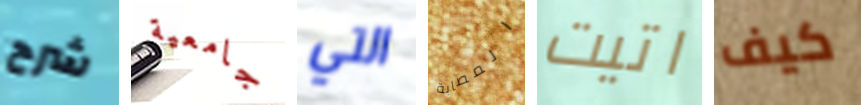
شرح جامعية التي المصابة اتيت كيف